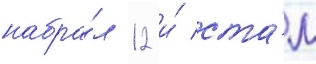
набра́л 12 и́ ста́л